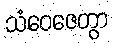
သံဝေဇေတွာ